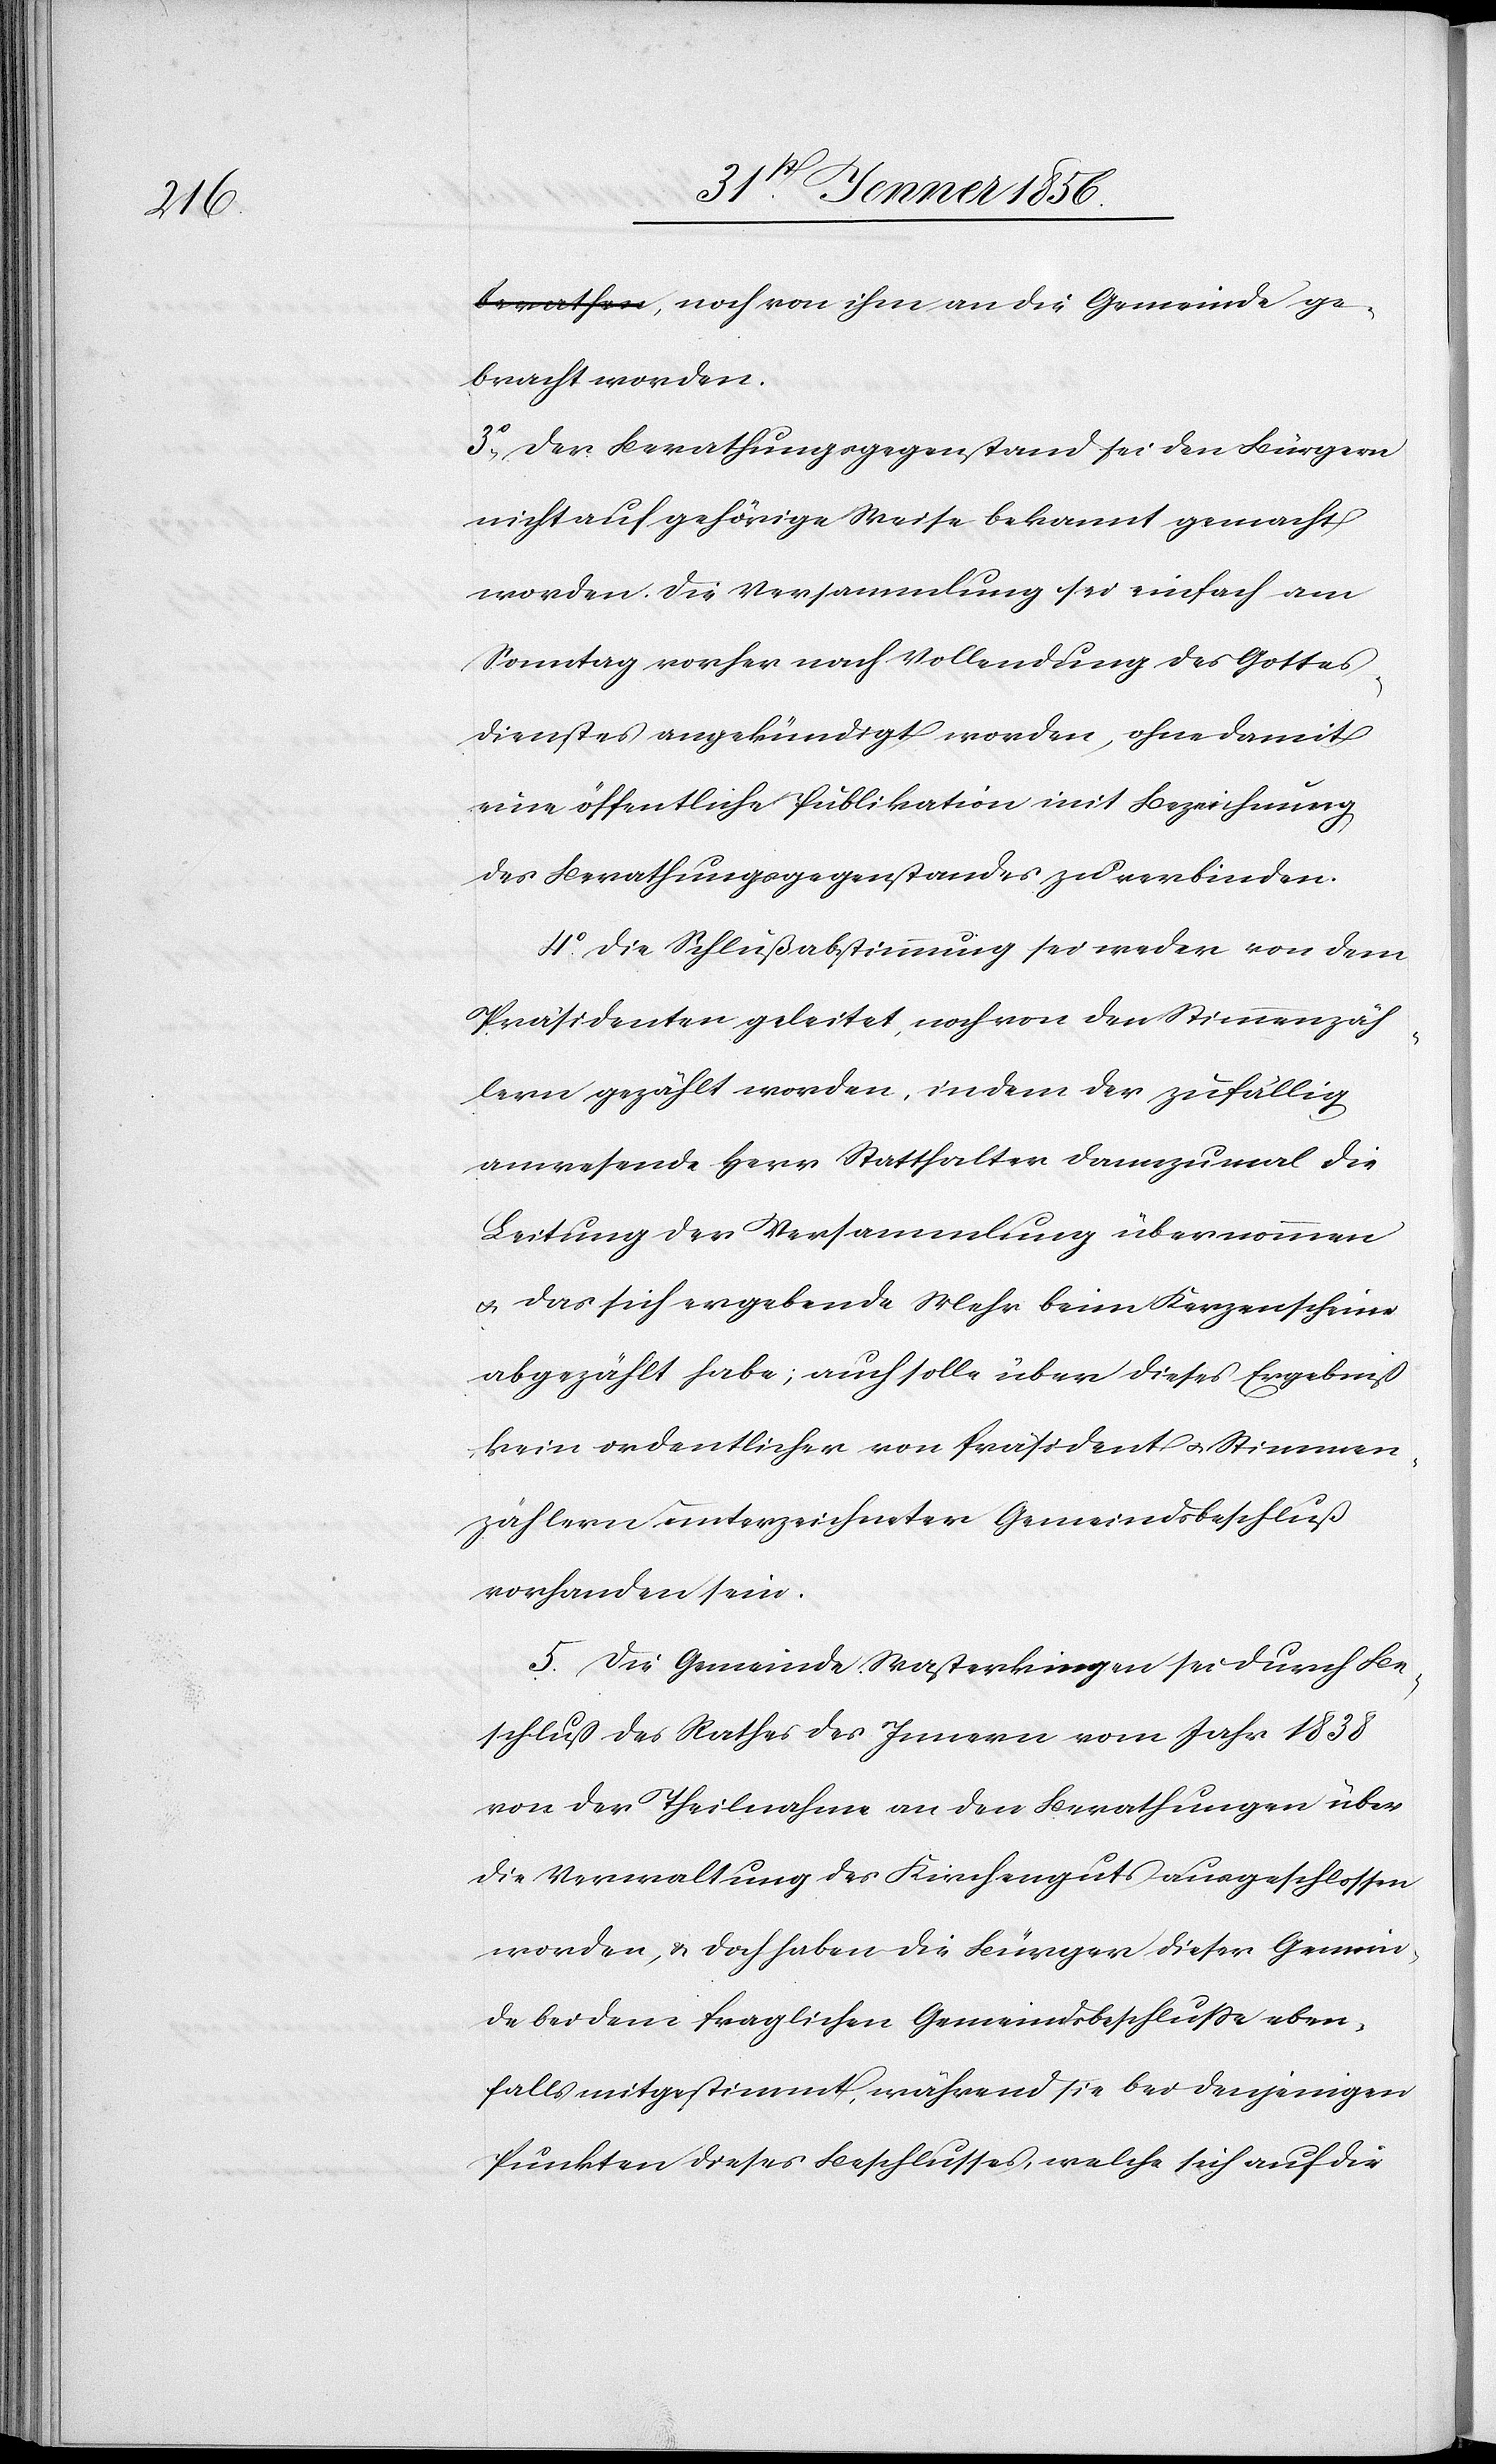
gebracht worden.
3o., Der Berathungsgegenstand sei den Bürgern
nicht auf gehörige Weise bekannt gemacht
worden. Die Versammlung sei einfach am
Sonntag vorher nach Vollendung des Gottes¬
dienstes angekündigt worden, ohne damit
eine öffentliche Publikation mit Bezeichnung
des Berathungsgegenstandes zu verbinden.
4o. Die Schlußabstimmung sei weder von dem
Präsidenten geleitet, noch von den Stimmenzäh¬
lern gezählt worden, indem der zufällig
anwesende Herr Statthalter dannzumal die
Leitung der Versammlung übernommen
u. das sich ergebende Mehr beim Kerzenscheine
abgezählt habe; auch solle über dieses Ergebniß
kein ordentlicher von Präsident u. Stimmen¬
zählern unterzeichneter Gemeindsbeschluß
vorhanden sein.
5. Die Gemeinde Wasterkingen sei durch Be¬
schluß des Rathes des Innern vom Jahr 1838
von der Theilnahme an den Berathungen über
die Verwaltung des Kirchenguts ausgeschlossen
worden, & doch haben die Bürger dieser Gemein¬
de bei dem fraglichen Gemeindsbeschluße eben¬
falls mitgestimmt, während sie bei denjenigen
Punkten dieses Beschlusses, welche sich auf die